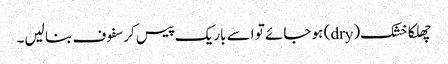
چھلکا خشک(dry) ہو جائے تو اسے باریک پیس کر سفوف بنا لیں۔